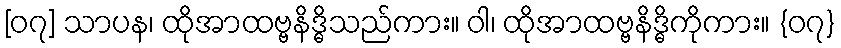
[၀၇] သာပန၊ ထိုအာထဗ္ဗနိဒ္ဓိသည်ကား။ ဝါ၊ ထိုအာထဗ္ဗနိဒ္ဓိကိုကား။ {၀၇}